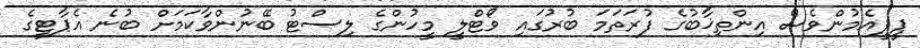
ޕީޕީއެމުންވެސް އިންތިޚާބުގެ ފުރަތަމަ ބުރުގައި ވޯޓްލީ މީހުންގެ ލިސްޓު ބޭނުންވާކަމަށް ބުނެ އެޕާޓީގެ